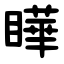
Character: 瞱